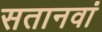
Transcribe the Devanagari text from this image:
सतानवां